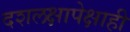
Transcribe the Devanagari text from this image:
दशलक्षापेक्षाही